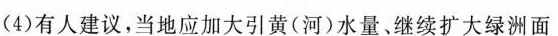
(9)有人建议，当地应加大黄（河）水量、继续扩大绿洲面